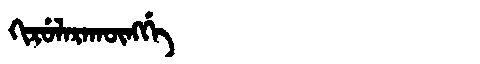
Manchu: ᡴᡳᡵᡠᠯᠠᡵᠠᡴᡡᠩᡤᡝ
Romanization: KIRULARAKŪNGGE